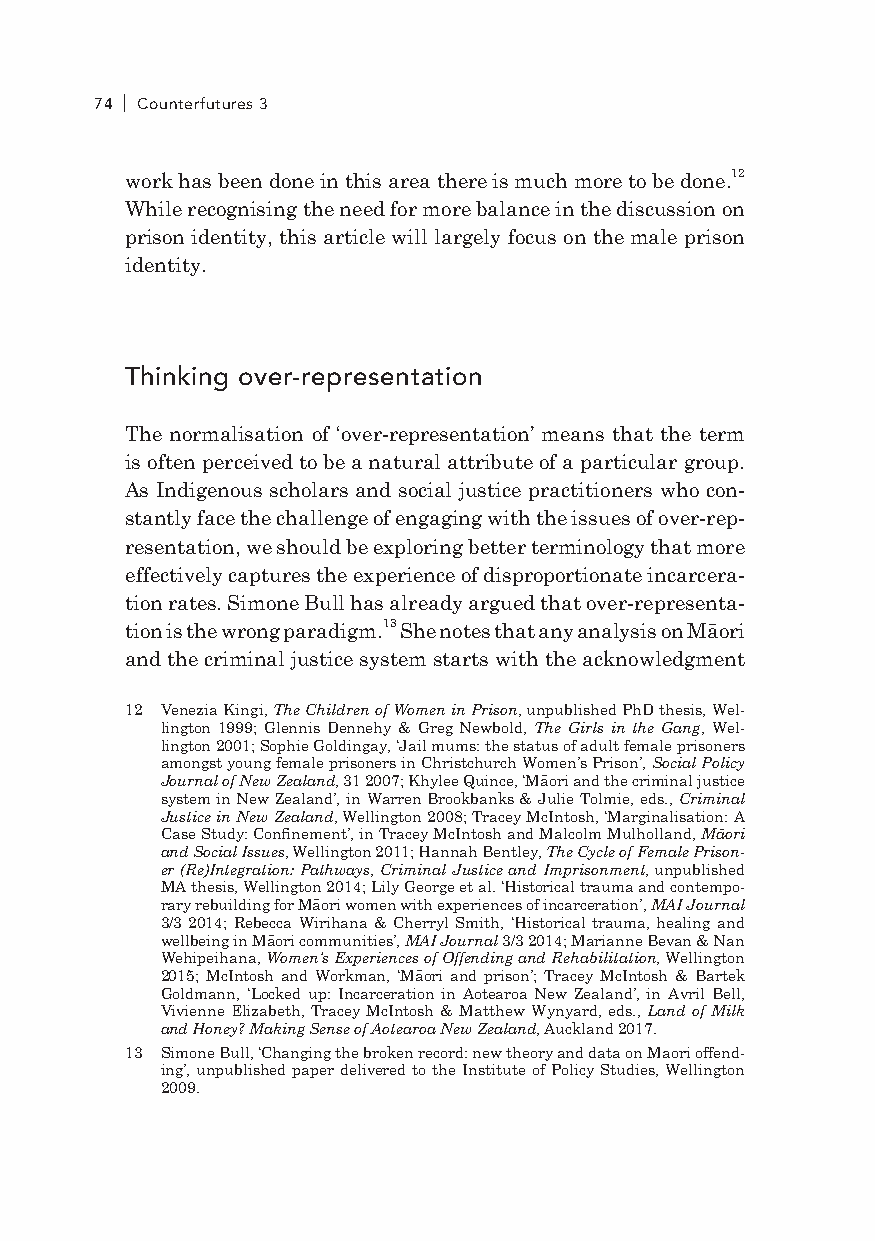
74 Counterfutures 3
 work has been done in this area there is much more to be done.12
 While recognising the need for more balance in the discussion on
 prison identity, this article will largely focus on the male prison
 identity.
 Thinking over-representation
 The normalisation of ‘over-representation’ means that the term
 is often perceived to be a natural attribute of a particular group.
 As Indigenous scholars and social justice practitioners who con-
 stantly face the challenge of engaging with the issues of over-rep-
 resentation, we should be exploring better terminology that more
 effectively captures the experience of disproportionate incarcera-
 tion rates. Simone Bull has already argued that over-representa-
 tion is the wrong paradigm.13 She notes that any analysis on Māori
 and the criminal justice system starts with the acknowledgment
 12 Venezia Kingi, The Children of Women in Prison, unpublished PhD thesis, Wel-
 lington 1999; Glennis Dennehy & Greg Newbold, The Girls in the Gang, Wel-
 lington 2001; Sophie Goldingay, ‘Jail mums: the status of adult female prisoners
 amongst young female prisoners in Christchurch Women’s Prison’, Social Policy
 Journal of New Zealand, 31 2007; Khylee Quince, ‘Māori and the criminal justice
 system in New Zealand’, in Warren Brookbanks & Julie Tolmie, eds., Criminal
 Justice in New Zealand, Wellington 2008; Tracey McIntosh, ‘Marginalisation: A
 Case Study: Confinement’, in Tracey McIntosh and Malcolm Mulholland, Māori
 and Social Issues, Wellington 2011; Hannah Bentley, The Cycle of Female Prison-
 er (Re)Integration: Pathways, Criminal Justice and Imprisonment, unpublished
 MA thesis, Wellington 2014; lily George et al. ‘Historical trauma and contempo-
 rary rebuilding for Māori women with experiences of incarceration’, MAI Journal
 3/3 2014; Rebecca Wirihana & Cherryl Smith, ‘Historical trauma, healing and
 wellbeing in Māori communities’, MAI Journal 3/3 2014; Marianne Bevan & Nan
 Wehipeihana, Women’s Experiences of Offending and Rehabilitation, Wellington
 2015; McIntosh and Workman, ‘Māori and prison’; Tracey McIntosh & Bartek
 Goldmann, ‘locked up: Incarceration in Aotearoa New Zealand’, in Avril Bell,
 Vivienne Elizabeth, Tracey McIntosh & Matthew Wynyard, eds., Land of Milk
 and Honey? Making Sense of Aotearoa New Zealand, Auckland 2017.
 13 Simone Bull, ‘Changing the broken record: new theory and data on Maori offend-
 ing’, unpublished paper delivered to the Institute of Policy Studies, Wellington
 2009.